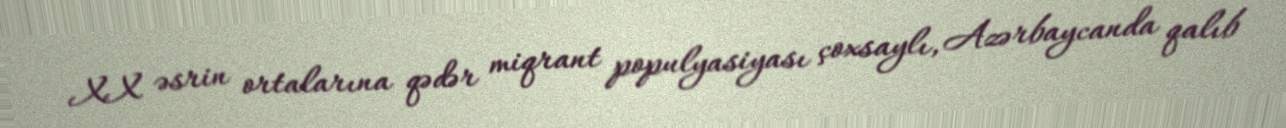
XX əsrin ortalarına qədər miqrant populyasiyası çoxsaylı, Azərbaycanda qalıb